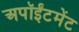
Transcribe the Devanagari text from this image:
अपॉईंटमेंट